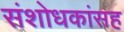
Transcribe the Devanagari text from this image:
संशोधकांसह